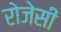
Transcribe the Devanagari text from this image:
रोजेसी